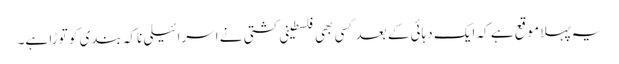
یہ پہلا موقع ہے کہ ایک دہائی کے بعد کسی بھی فلسطینی کشتی نے اسرائیلی ناکہ بندی کو توڑا ہے۔